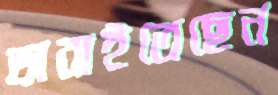
ভাবাইতেছেন